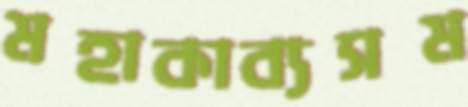
মহাকাব্যসম